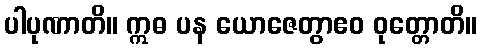
ပါပုဏာတိ။ ဣဓ ပန ယောဇေတွာဧဝ ဝုတ္တောတိ။